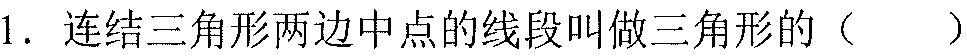
1. 连结三角形两边中点的线段叫做三角形的（  ）